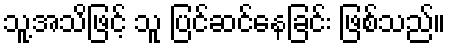
သူ့အသိဖြင့် သူ ပြင်ဆင်နေခြင်း ဖြစ်သည်။